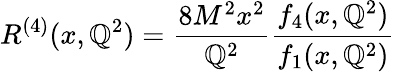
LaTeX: R^{(4)}(x,\mathbb{Q}^{2})=\frac{{8M^{2}x^{2}}}{{\mathbb{Q}^{2}}}\frac{{f_{4}(x,\mathbb{Q}^{2})}}{{f_{1}(x,\mathbb{Q}^{2})}}